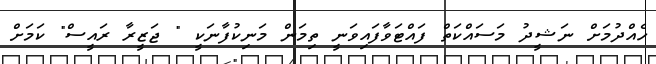
ހެއްދުމަށް ނަޝީދު މަސައްކަތް ފައްޓަވާފައިވަނީ ތިމަން މަނިކުފާނަކީ " ޖަޒީރާ ރައީސް" ކަމަށް